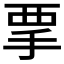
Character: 𱟷